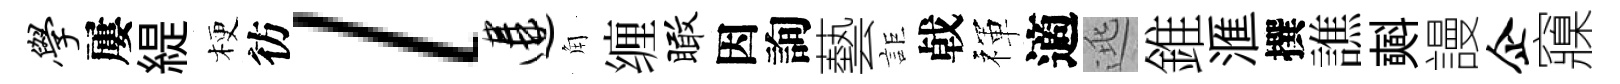
学屢緹梗彷l遘角缠瞰因詢藝詎㦸禈適逃錐滙撰譙𣂏謾企䆿